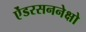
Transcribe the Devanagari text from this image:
ऐंडरसननेक्षो